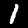
Label: 1